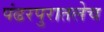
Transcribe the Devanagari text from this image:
पंढरपुरातलेच